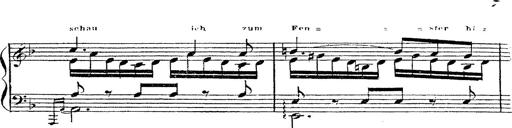
Title: 12 Lieder von Franz Schubert
Composer: Franz Liszt